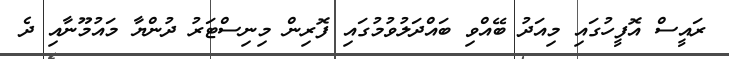
ރައީސް އޮފީހުގައި މިއަދު ބޭއްވި ބައްދަލުވުމުގައި ފޮރިން މިނިސްޓަރު ދުންޔާ މައުމޫނާއި ދެ